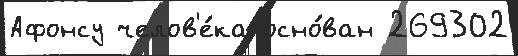
Афонсу челов'е́ка осно́ван 269302